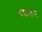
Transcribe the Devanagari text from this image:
मल्लखन